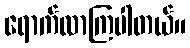
ရောက်လာကြပါတယ်။